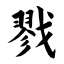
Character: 戮